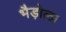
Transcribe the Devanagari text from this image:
भैड़ोला